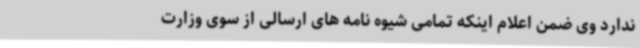
ندارد وی ضمن اعلام اینکه تمامی شیوه نامه های ارسالی از سوی وزارت